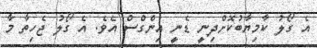
އެ ގޯލު ކާމިޔާބުކޮށްދިނީ ޑެނީ އިންގްސް އެވެ. އެ ގޯލު ޖެހިތާ މާ